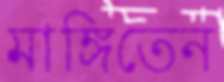
মাঙ্গিতেন